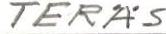
TERÄS